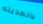
بالمدينه